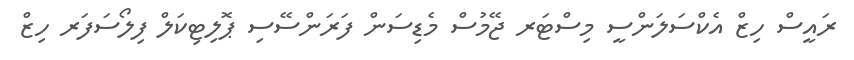
ރައީސް ހިޒް އެކްސަލަންސީ މިސްޓަރ ޖޭމުސް މެޑިސަން ފަރަންސޭސި ޕޮލިޓިކަލް ފިލޯސަފަރ ހިޒް